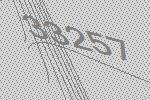
33257